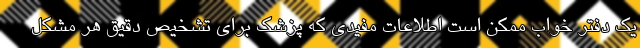
یک دفتر خواب ممکن است اطلاعات مفیدی که پزشک برای تشخیص دقیق هر مشکل